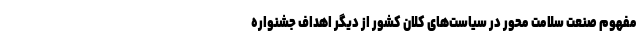
مفهوم صنعت سلامت محور در سیاست‌های کلان کشور از دیگر اهداف جشنواره